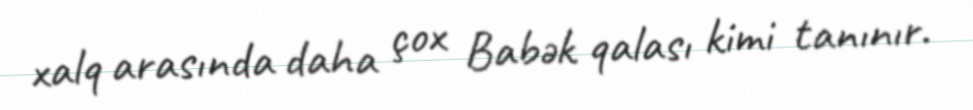
xalq arasında daha çox Babək qalası kimi tanınır.